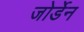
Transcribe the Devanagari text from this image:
जोर्डेन